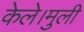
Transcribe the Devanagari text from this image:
केले।मुली